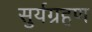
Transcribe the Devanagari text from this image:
सुर्यग्रहण